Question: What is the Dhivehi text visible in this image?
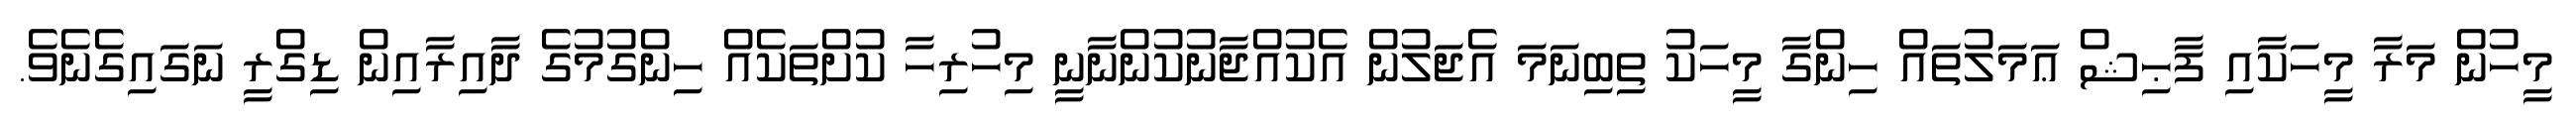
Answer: މީހުން މަރާ މީހަކާއި ފާޙިޝް ޢަމަލުތައް ހިންގާ މީހަކު ތިބިނަމަ އެޖަލުން އެކުއްޖާނުކުންނާނީ މިހުރިހާ ކުށްތަކެއް ހިންގުމުގެ ދާއިރާއިން ޑިގްރީ ނަގައިގެނެވެ.